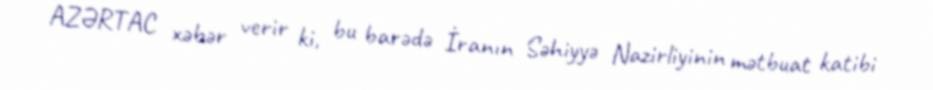
AZƏRTAC xəbər verir ki, bu barədə İranın Səhiyyə Nazirliyinin mətbuat katibi